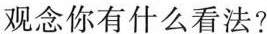
观念你有什么看法?